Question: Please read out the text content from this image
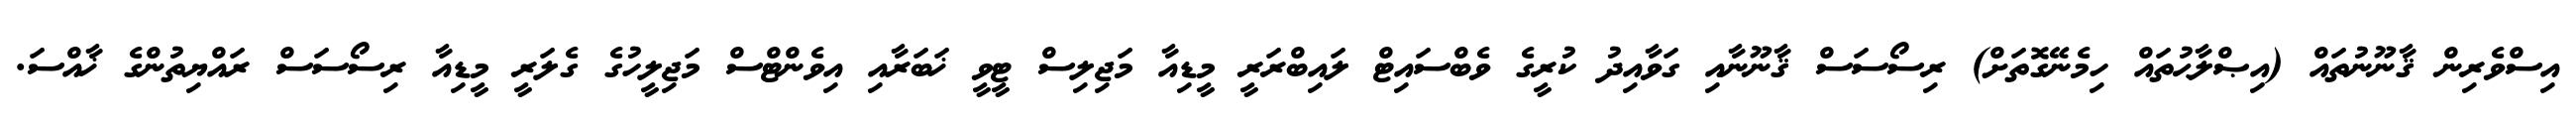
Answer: އިސްވެރިން ޤާނޫނުތައް (އިޞްލާޙުތައް ހިމެނޭގޮތަށް) ރިސޯސަސް ޤާނޫނާއި ގަވާއިދު ކުރީގެ ވެބްސައިޓް ލައިބްރަރީ މީޑިއާ މަޖިލިސް ޓީވީ ޚަބަރާއި އިވެންޓްސް މަޖިލީހުގެ ގެލަރީ މީޑިއާ ރިސޯސަސް ރައްޔިތުންގެ ޚާއްސަ.